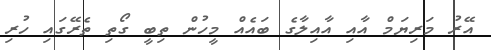
އޭރު މަރިޔަމް އާއި އާއިލާގެ ބައެއް މީހުން ތިބީ ގޯތި ތެރޭގައި ހުރި